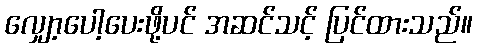
လျှော့ပေါ့ပေးဖို့ပင် အဆင်သင့် ပြင်ထားသည်။